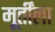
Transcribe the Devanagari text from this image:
मूर्तींला